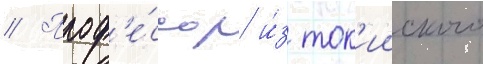
// Проф'е́ссор и́з ток'ииского